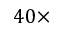
4 0 \times